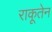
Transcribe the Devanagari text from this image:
राकूतेन